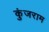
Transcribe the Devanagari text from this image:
कुंजराम